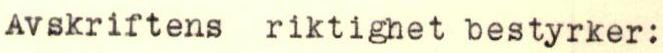
Avskriftens riktighet bestyrker: